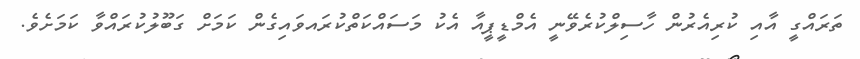
ތަރައްގީ އާއި ކުރިއެރުން ހާސިލްކުރެވޭނީ އެމްޑީޕީއާ އެކު މަސައްކަތްކުރައވައިގެން ކަމަށް ގަބޫލުކުރައްވާ ކަމަށެވެ.